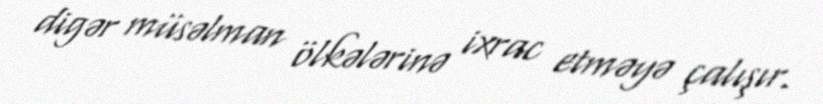
digər müsəlman ölkələrinə ixrac etməyə çalışır.